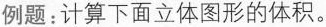
例题：计算下面立体图形的体积。